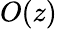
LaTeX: O(z)